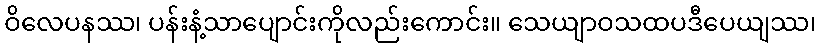
ဝိလေပနဿ၊ ပန်းနံ့သာပျောင်းကိုလည်းကောင်း။ သေယျာဝသထပဒီပေယျဿ၊